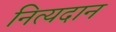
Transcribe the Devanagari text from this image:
नित्यदान